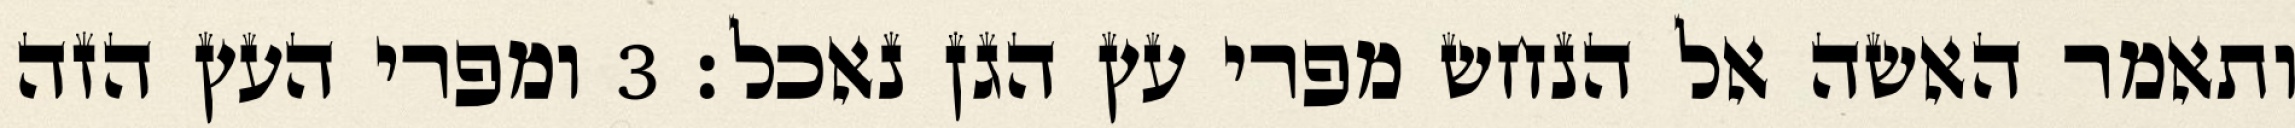
ותאמר האשה אל הנחש מפרי עץ הגן נאכל׃ ‎3‏ ומפרי העץ הזה